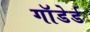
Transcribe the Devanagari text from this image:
गाॅडेर्ड